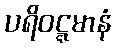
ပရိဝဋ္ဋမာနံ